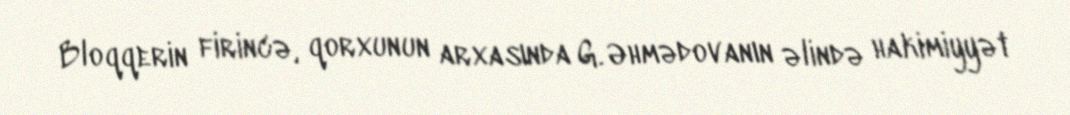
Bloqqerin firincə, qorxunun arxasında G. Əhmədovanın əlində hakimiyyət